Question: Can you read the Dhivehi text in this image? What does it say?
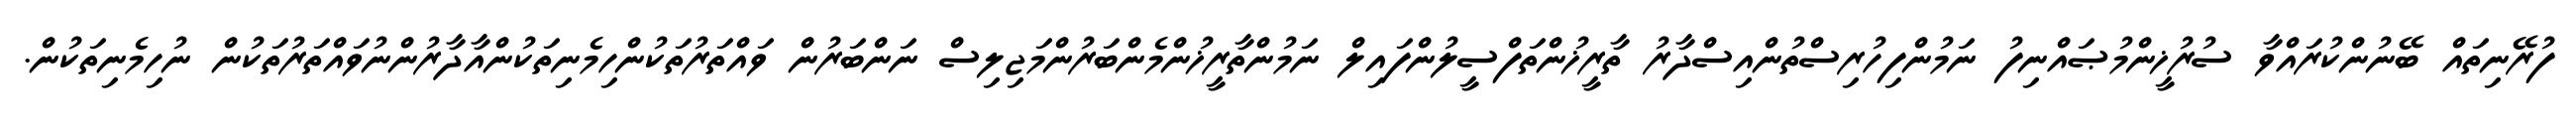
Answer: ފުރޭނިތައް ބޭނުންކުރައްވާ ސުރުޚީންމުޞައްނިފު ނަމުންފިހުރިސްތުންއިސްދާރު ތާރީޚުންތަފްސީލުންފައިލް ނަމުންތާރީޚުންމެންބަރުންމަޖިލިސް ނަންބަރުން ވައްތަރުތަކުންހިމެނިތަކުންއާދާރުންނުވައްތަރުތަކުން ނުހިމެނިތަކުން.